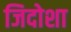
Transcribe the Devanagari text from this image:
जिदोशा